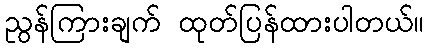
ညွန်ကြားချက် ထုတ်ပြန်ထားပါတယ်။